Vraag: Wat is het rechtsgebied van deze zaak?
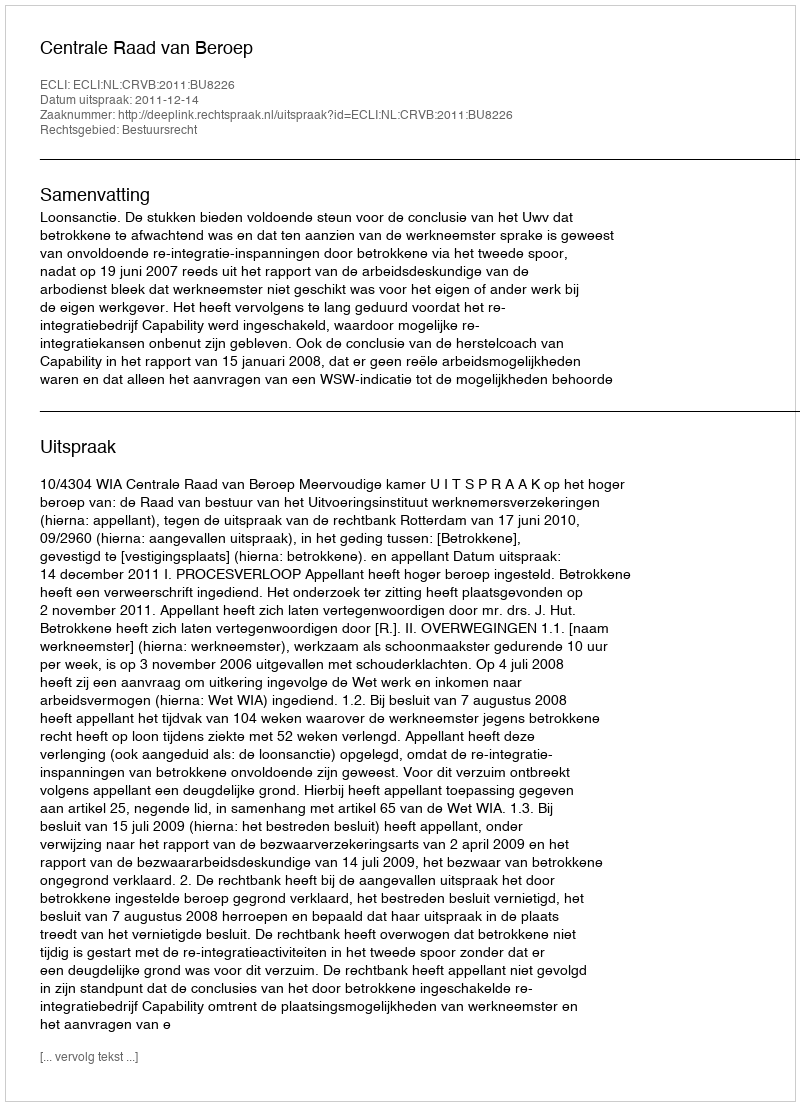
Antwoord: Bestuursrecht